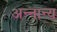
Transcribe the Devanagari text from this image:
अन्नान्य